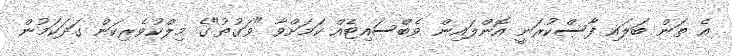
އެ ތަން ބަލައި ފާސްކުރަނީ އޮންލައިން ވެބްސައިޓެއް ކަމަށްވާ "ވަގުތު"ގެ މިލްކުވެރިކަން ގަދަކަމުން